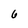
Character: 6